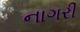
નાગરી